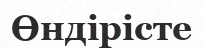
Өндірісте